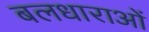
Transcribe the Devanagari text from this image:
बलधाराओं